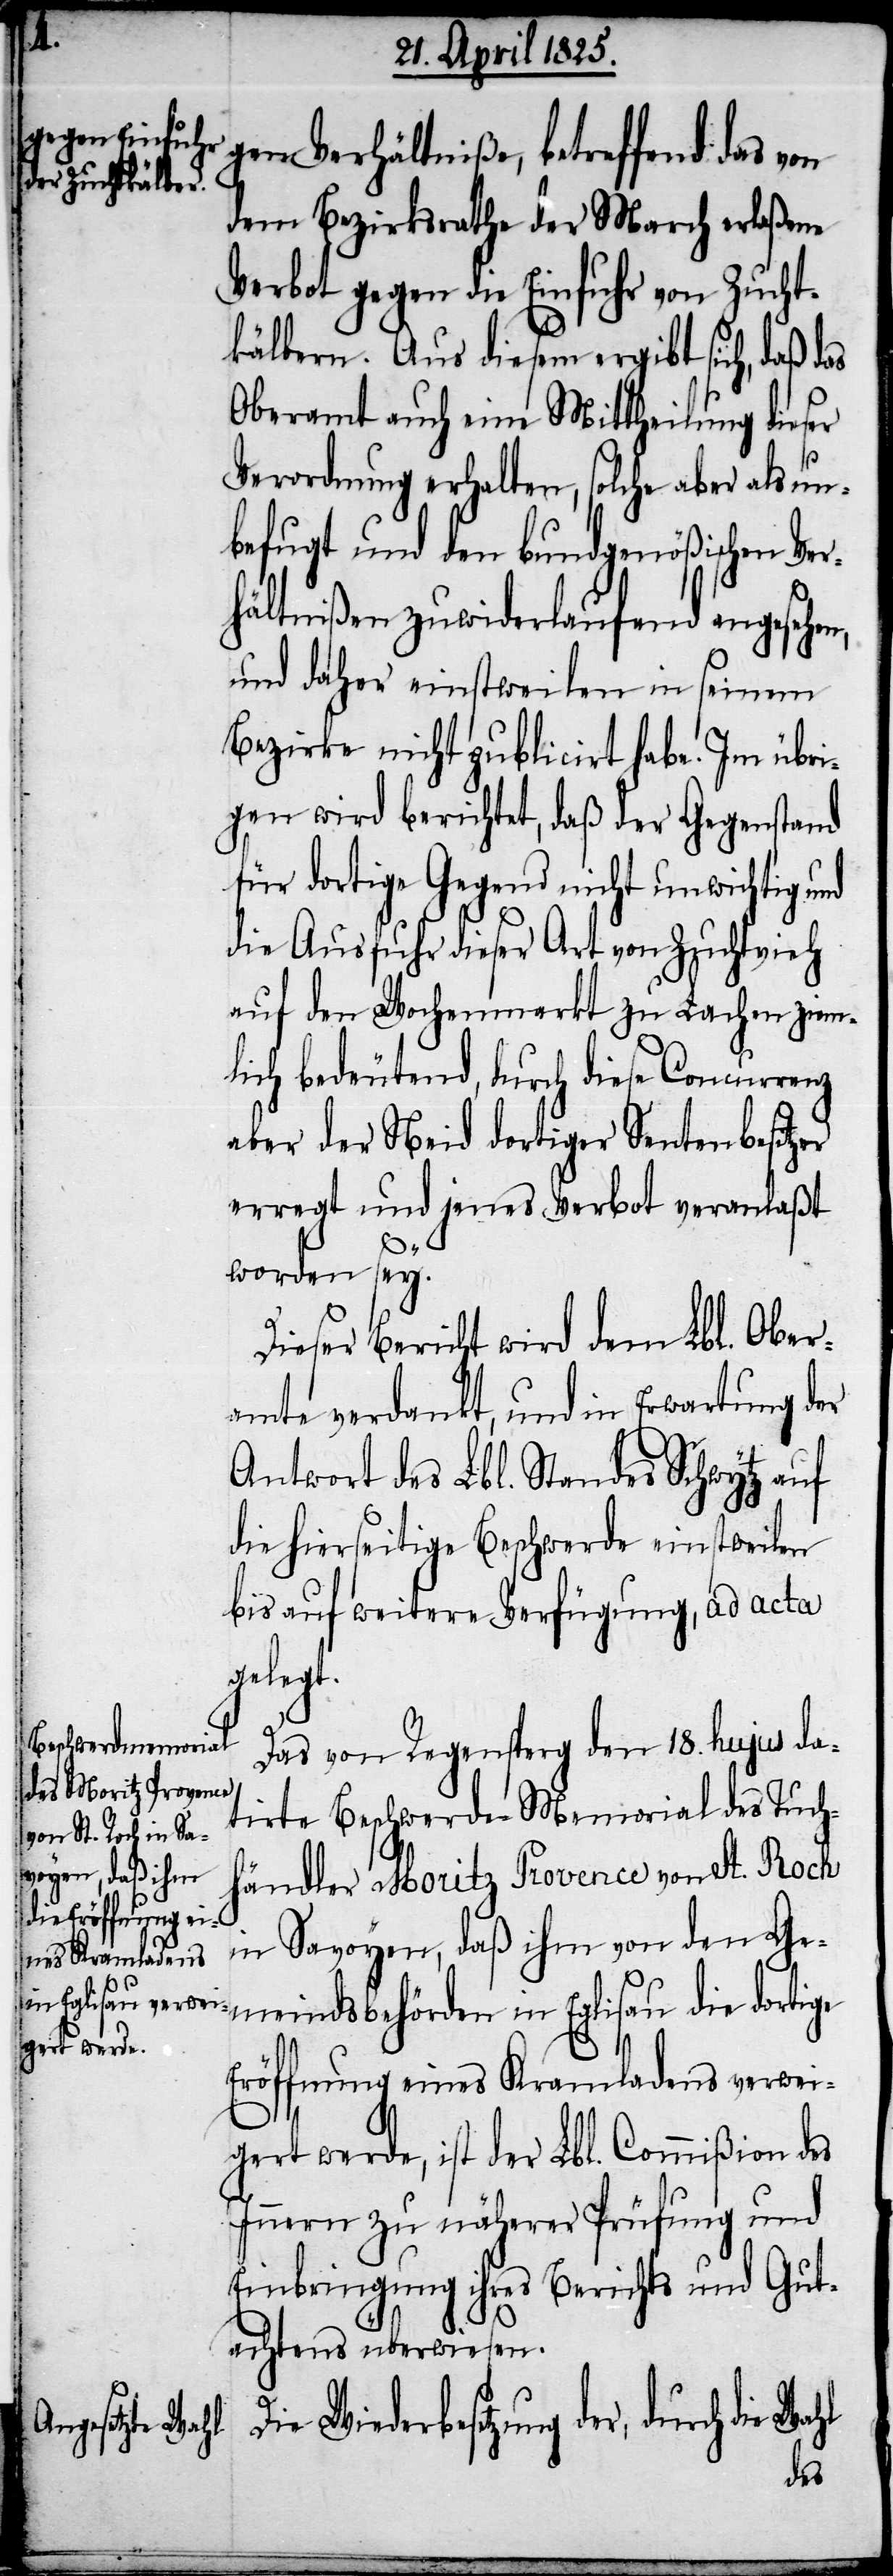
gen Verhältniße, betreffend das von
dem Bezirksrathe der March erlaßene
Verbot gegen die Einfuhr von Zucht¬
kälbern. Aus diesem ergibt sich, daß das
Oberamt auch eine Mittheilung dieser
Verordnung erhalten, solche aber als un¬
befugt und den bundgenößischen Ver¬
hältnißen zuwiderlaufend angesehen,
und daher einstweilen in seinem
Bezirke nicht publicirt habe. Im übri¬
gen wird berichtet, daß der Gegenstand
für dortige Gegend nicht unwichtig und
die Ausfuhr dieser Art von Zuchtvieh
auf den Wochenmarkt zu Lachen ziem¬
lich bedeutend, durch diese Concurrenz
aber der Neid dortiger Sentenbesitzer
erregt und jenes Verbot veranlaßt
worden sey.
Dieser Bericht wird dem Lbl. Ober¬
amte verdankt, und in Erwartung der
Antwort des Lbl. Standes Schwytz auf
die hierseitige Beschwerde einstweilen
bis auf weitere Verfügung, ad acta
gelegt.
Das von Regensperg den 18. hujus da¬
tirte Beschwerde-Memorial des Tuch¬
händler Moritz Provence von St. Roch
in Savoyen, daß ihm von den Ge¬
meindsbehörden in Eglisau die dortige
Eröffnung eines Kramladens verwei¬
gert werde, ist der Lbl. Commißion des
Innern zu näherer Prüfung und
Einbringung ihres Berichts und Gut¬
achtens überwiesen.
Die Wiederbesetzung der, durch
die